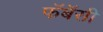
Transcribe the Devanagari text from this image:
फॅबॅसी